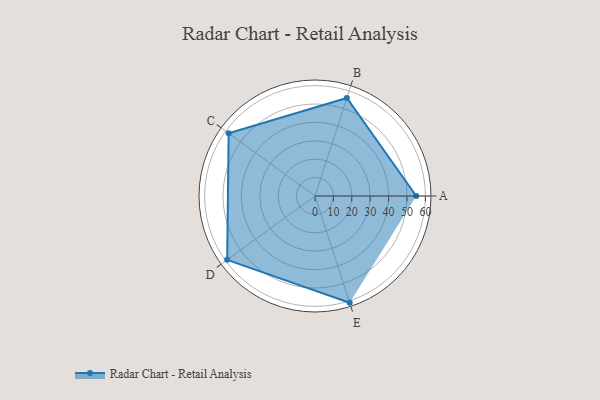
{"axis": {"x": "Skill", "y": "Score"}, "legend": ["Profile"], "data": [{"x": "A", "y": 55.0, "type": "Profile"}, {"x": "B", "y": 56.0, "type": "Profile"}, {"x": "C", "y": 58.0, "type": "Profile"}, {"x": "D", "y": 59.0, "type": "Profile"}, {"x": "E", "y": 61.0, "type": "Profile"}]}